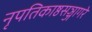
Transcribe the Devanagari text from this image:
नृपतिकाष्ठसञ्जागरे